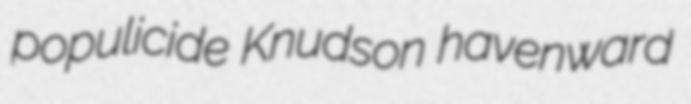
populicide Knudson havenward